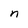
Character: n